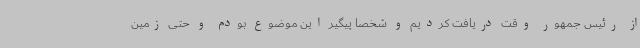
از رئیس جمهور وقت دریافت کردیم و شخصا پیگیر این موضوع بودم و حتی زمین